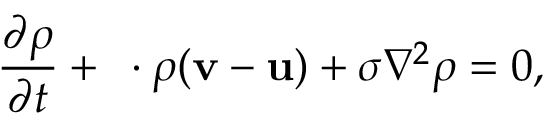
\frac { \partial \rho } { \partial t } + { \bf \nabla } \cdot \rho ( { \bf v } - { \bf u } ) + \sigma \nabla ^ { 2 } \rho = 0 ,